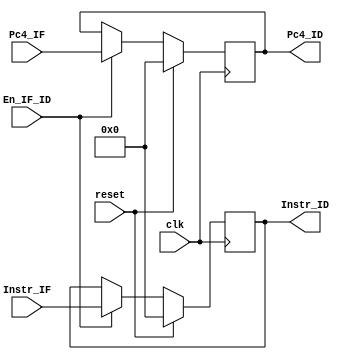
`timescale 1ns / 1ps
module _IF_ID(
    input clk,
    input En_IF_ID,
    input reset,
    input [31:0] Instr_IF,                  // IM ->
    input [31:0] Pc4_IF,                    // Add4 ->
    output reg [31:0] Instr_ID,             // -> ID/EX
    output reg [31:0] Pc4_ID                // -> ID/EX
);
    always @(posedge clk) begin
        if (reset == 1'b1) begin
            Instr_ID <= 32'h0000_0000;
            Pc4_ID <= 32'h0000_0000;
        end
        else begin
            if (En_IF_ID == 1'b1) begin
                Instr_ID <= Instr_IF;
                Pc4_ID <= Pc4_IF;
            end
        end
    end
endmodule //IF_ID